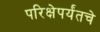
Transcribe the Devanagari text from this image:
परिक्षेपर्यंतचे